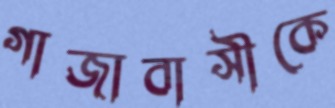
গাজাবাসীকে